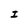
Character: I